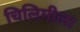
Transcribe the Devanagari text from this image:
चिलिमीला